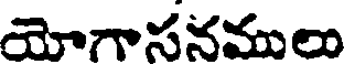
యోగాసనములు